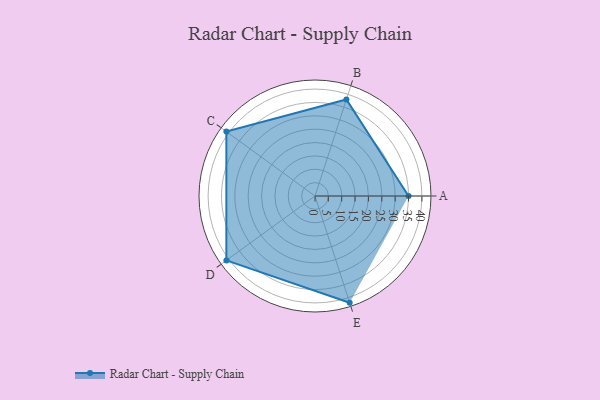
{"axis": {"x": "Skill", "y": "Score"}, "legend": ["Profile"], "data": [{"x": "A", "y": 35.0, "type": "Profile"}, {"x": "B", "y": 38.0, "type": "Profile"}, {"x": "C", "y": 41.0, "type": "Profile"}, {"x": "D", "y": 41.0, "type": "Profile"}, {"x": "E", "y": 42.0, "type": "Profile"}]}